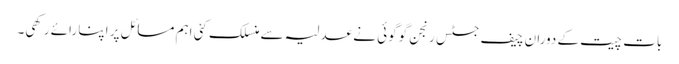
بات چیت کے دوران چیف جسٹس رنجن گوگوئی نے عدلیہ سے منسلک کئی اہم مسائل پر اپنا رائے رکھی۔